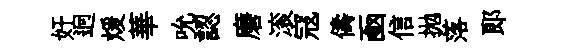
奸迥煖華吮認磨滚冦儔凾信拋落郞